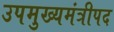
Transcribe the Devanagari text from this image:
उपमुख्यमंत्रीपद